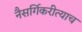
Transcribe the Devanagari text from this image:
नैसर्गिकरीत्याच